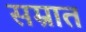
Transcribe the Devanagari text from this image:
सम्रात